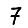
Digit: 7